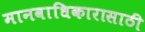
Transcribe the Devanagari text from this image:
मानवाधिकारासाठी